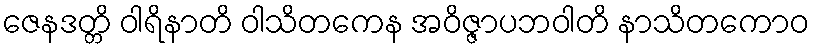
ဇေနဒတ္တိ ဝါရိနာတိ ဝါသိတကေန အဝိဇ္ဇာပဘဝါတိ နာသိတကောဝ